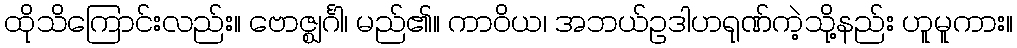
ထိုသိကြောင်းလည်း။ ဗောဇ္ဈင်္ဂါ၊ မည်၏။ ကာဝိယ၊ အဘယ်ဥဒါဟရုဏ်ကဲ့သို့နည်း ဟူမူကား။